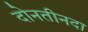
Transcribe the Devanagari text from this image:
दोनतीनदा